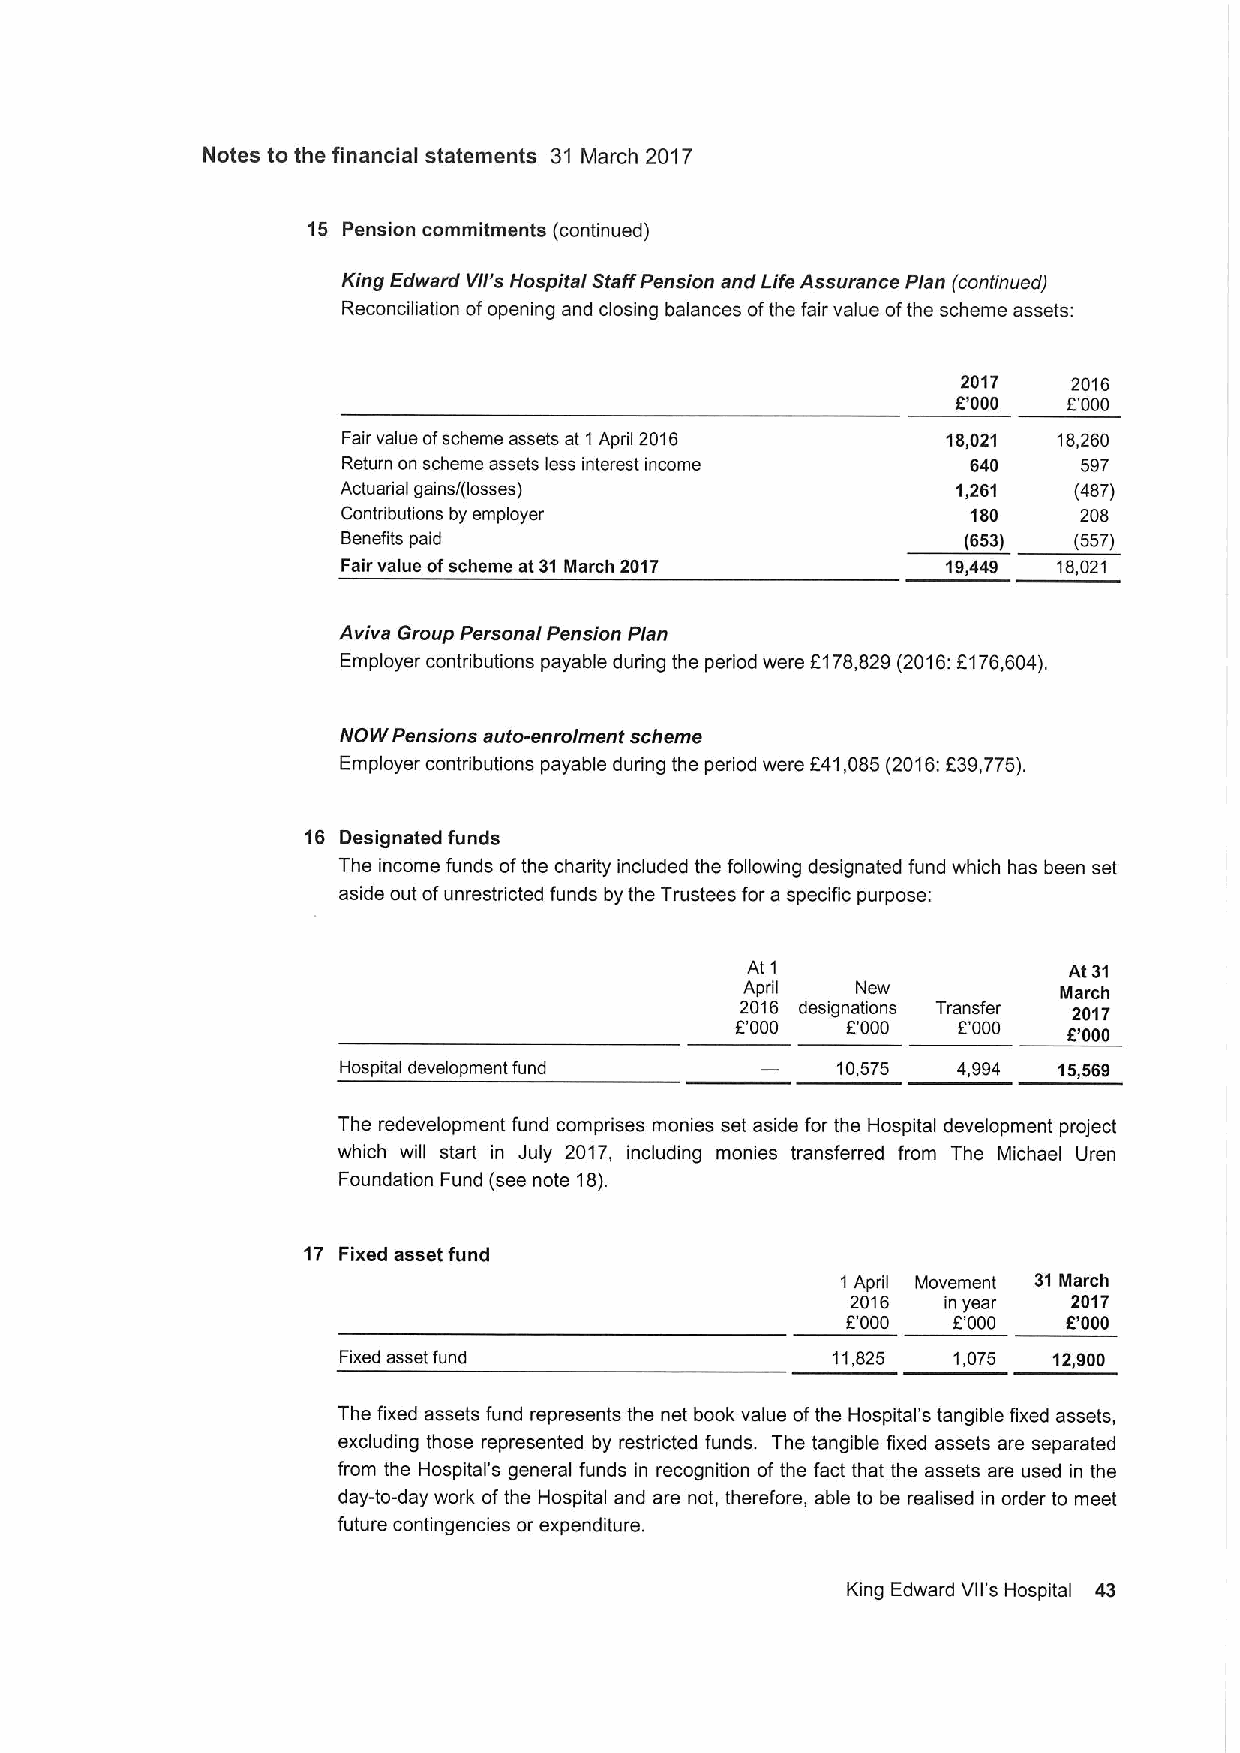
Notes to the financial statements 31 March 2017
 15 Pension commitments (continued)
 King Edward V/I's Hospital Staff Pension and Life Assurance Plan (continued)
 Reconciliation ofopening and closing balances ofthe fair value ofthe scheme assets:
 2017   2016
 E'000   E'000
 Fair value ofscheme assets at 1April 2016 18,021 18,260
 Return on scheme assets less interest income 640 597
 Actuarial gains/(losses)                1,261   (487)
 Contributions by employer                180     208
 Benefits paid                            (653)  (557)
 Fair value ofscheme at31 March 2017     19,449 18,021
 Aviva Group Personal Pension Plan
 Employer contributions payable during the period were F178,829(2016:E176,604).
 NOW Pensions auto-enrolment scheme
 Employer contributions payable during the period were E41,085(2016:E39,775).
 16 Designated funds
 The income funds ofthe charity included the following designated fund which has been set
 aside out ofunrestricted funds by the Trustees for a specific purpose:
 At 1                  At 31
 April   New          March
 2016 designations Transfer 2017
 E.'000 E'000  E'000
 E'000
 Hospital development fund        10,575  4,994  15,569
 The redevelopment fund comprises monies set aside for the Hospital development project
 which will start in July 2017, including monies transferred from The Michael Uren
 Foundation Fund (see note 18).
 17 Fixed asset fund
 1April Movement 31 March
 2016   in year 2017
 EOOO   E'000   E'000
 Fixed asset fund                 11,825  1,075  12,900
 The fixed assets fund represents the net book value ofthe Hospital's tangible fixed assets,
 excluding those represented by restricted funds. The tangible fixed assets are separated
 from the Hospital's general funds in recognition of the fact that the assets are used in the
 day-to-day work ofthe Hospital and are not, therefore, able to be realised in order to meet
 future contingencies or expenditure.
 King Edward Vi)'s Hospital 43